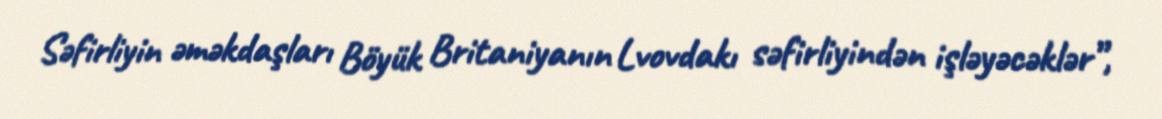
Səfirliyin əməkdaşları Böyük Britaniyanın Lvovdakı səfirliyindən işləyəcəklər”,